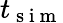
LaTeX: t_{\mathrm{~s~i~m~}}